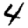
Digit: 4